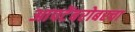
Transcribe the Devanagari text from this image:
आपटेंबरोबरचा